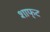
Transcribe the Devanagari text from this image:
शाफ्‌ट